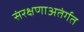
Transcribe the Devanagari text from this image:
संरक्षणाअतंर्गत